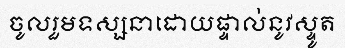
ចូលរួមទស្សនាដោយផ្ទាល់នូវស្ទូត